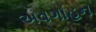
અવગાહન